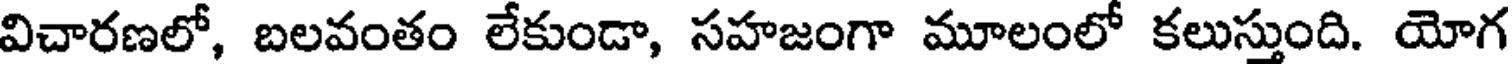
విచారణలో, బలవంతం లేకుండా, సహజంగా మూలంలో కలుస్తుంది. యోగ